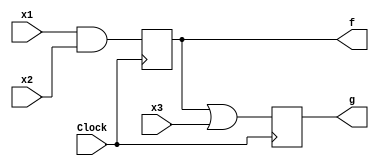
// This program was cloned from: https://github.com/haojunliu/OpenFPGA
// License: BSD 2-Clause "Simplified" License

/* pg 393 - logic with DFF */

module bm_DL_logic_w_Dff(x1, x2, x3, Clock, f, g);
	input x1, x2, x3, Clock;
	output f, g;
	reg f, g;
	
	always @(posedge Clock)
	begin
		f <= x1 & x2;
		g <= f | x3;
	end
	
endmodule